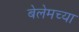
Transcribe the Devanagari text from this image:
बेलेमच्या